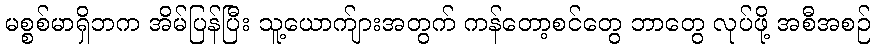
မစ္စစ်မာရှိဘက အိမ်ပြန်ပြီး သူ့ယောက်ျားအတွက် ကန်တော့စင်တွေ ဘာတွေ လုပ်ဖို့ အစီအစဉ်